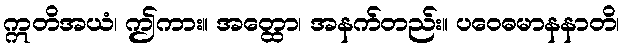
ဣတိအယံ၊ ဤကား။ အတ္ထော၊ အနက်တည်း။ ပဝေဓမာနနာတိ၊